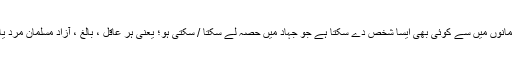
امان مسلمانوں میں سے کوئی بھی ایسا شخص دے سکتا ہے جو جہاد میں حصہ لے سکتا / سکتی ہو؛ یعنی ہر عاقل ، بالغ ، آزاد مسلمان مرد یا عورت۔